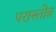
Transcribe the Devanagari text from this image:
परास्तोत्र